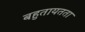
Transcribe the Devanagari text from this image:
बहुतायतता